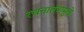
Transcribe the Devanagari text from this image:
रचनातंत्रामुळे